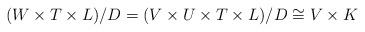
LaTeX: \begin{align*}(W\times T\times L)/D=(V\times U\times T\times L)/D\cong V\times K\end{align*}